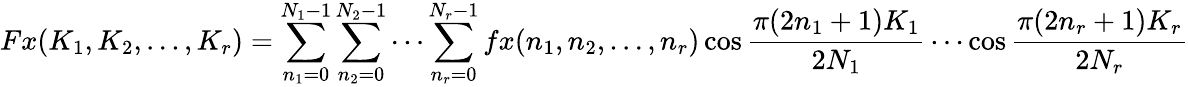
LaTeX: Fx(K_{1},K_{2},\ldots,K_{r})=\sum_{n_{1}=0}^{N_{1}-1}\sum_{n_{2}=0}^{N_{2}-1}\cdots\sum_{n_{r}=0}^{N_{r}-1}fx(n_{1},n_{2},\ldots,n_{r})\cos{\frac{\pi(2n_{1}+1)K_{1}}{2N_{1}}}\cdots\cos{\frac{\pi(2n_{r}+1)K_{r}}{2N_{r}}}